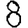
Digit: 8